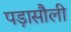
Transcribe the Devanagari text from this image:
पड़ासौली